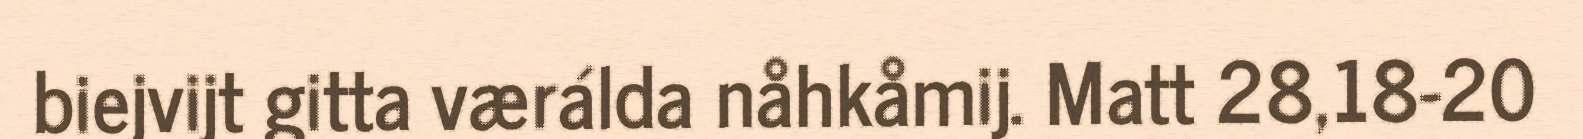
biejvijt gitta værálda nåhkåmij. Matt 28,18-20